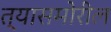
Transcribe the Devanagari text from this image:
त्यासमोरील